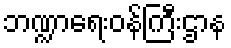
ဘဏ္ဍာရေးဝန်ကြီးဌာန